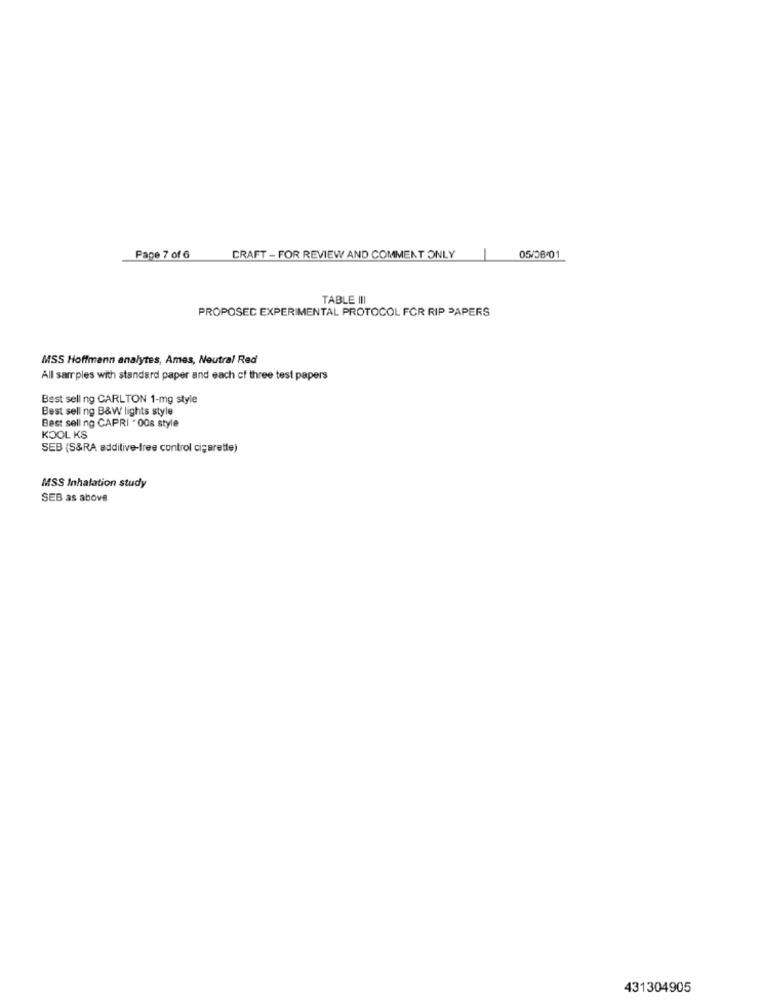
Page 7 of 6
CRAFT - FOR REVIEW AND COMMENT ONLY
05/06/01
TABLE III
PROPOSED EXPERIMENTAL PROTOCOL FOR RIP PAPERS
MSS Hoffmann analytes, Ames, Neutral Red
All sarr ples with standard paper and each of three test papers
Best sell ng CARLTON 1-mg style
Best sell ng B&W lights style
Best sell ng CAPRI . 00s style
KOOL KS
SEB (S&RA additive-free control cigarette)
MSS Inhalation study
SEB as above
431304905